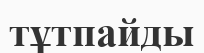
тұтпайды